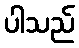
ပါသည်